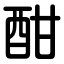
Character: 酣